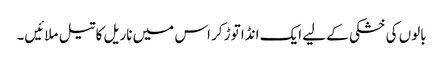
بالوں کی خشکی کے لیے ایک انڈا توڑ کر اس میں ناریل کا تیل ملائیں۔